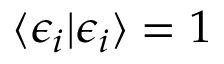
\langle \epsilon _ { i } | \epsilon _ { i } \rangle = 1